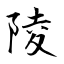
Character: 陵